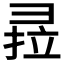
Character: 𰐣